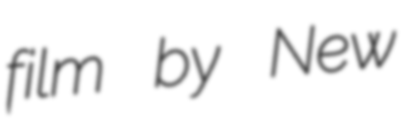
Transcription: film by New